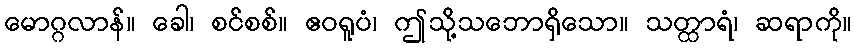
မောဂ္ဂလာန်။ ခေါ၊ စင်စစ်။ ဧဝရူပံ၊ ဤသို့သဘောရှိသော။ သတ္ထာရံ၊ ဆရာကို။